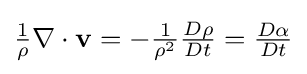
{\textstyle {\frac {1}{\rho }}\nabla \cdot \mathbf {v} =-{\frac {1}{\rho ^{2}}}{\frac {D\rho }{Dt}}={\frac {D\alpha }{Dt}}}